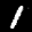
Label: 1